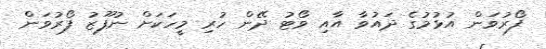
ފޯރުވަން އުޅުމުގެ ދައުވާ އާއި ވޯޓު ދޭން ހުރި މީހަކަށް ނުފޫޒު ފޯރުވަން